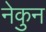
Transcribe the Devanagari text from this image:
नेकुन